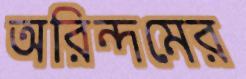
অরিন্দমের